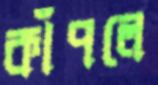
কাঁপলে